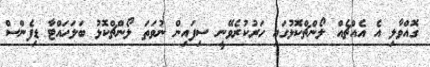
ގޮއްވާލި އެ އެއްޗެއް ލޯންޗްކޮޅުގައި ހަރުކުރެވޭނީ ސިފައިން ނުވަތަ ލޯންޗްކޮޅު ބަލަހައްޓާ ޑިފެންސް